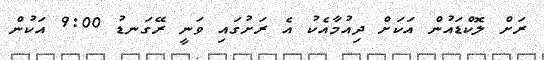
ރަށް ލޮކްޑައުން އަކަށް ދިއުމާއެކު އެ ރަށުގައި ވަނީ ރޭގަނޑު 9:00 އަކުން